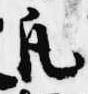
凡